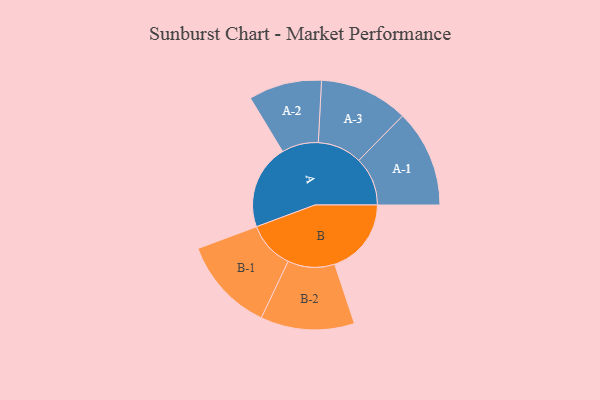
{"axis": {"x": "Segment", "y": "Value"}, "legend": ["", "A", "B"], "data": [{"x": "A", "y": 468, "type": ""}, {"x": "B", "y": 423, "type": ""}, {"x": "A-1", "y": 269, "type": "A"}, {"x": "A-2", "y": 202, "type": "A"}, {"x": "A-3", "y": 245, "type": "A"}, {"x": "B-1", "y": 261, "type": "B"}, {"x": "B-2", "y": 259, "type": "B"}]}